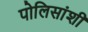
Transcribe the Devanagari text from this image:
पोलिसांशी